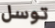
توسل